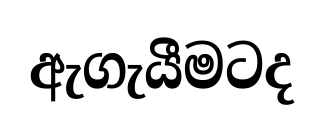
ඇගැයීමටද